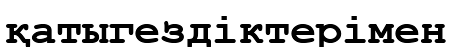
қатыгездіктерімен